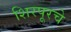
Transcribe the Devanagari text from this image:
शिरपूरचे